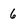
Character: 6